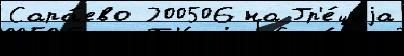
Сара́ево 200506 на Гр'е́циjа